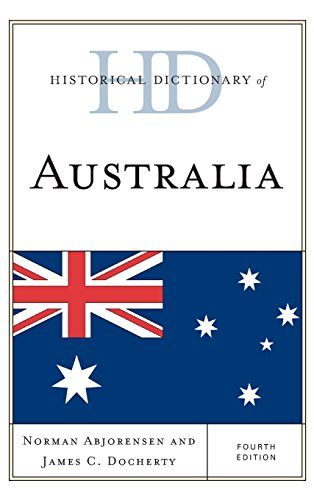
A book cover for Historical Dictionary of Australia (Historical Dictionaries of Asia, Oceania, and the Middle East); Norman Abjorensen; History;